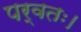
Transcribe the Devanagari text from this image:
पर्वतः।